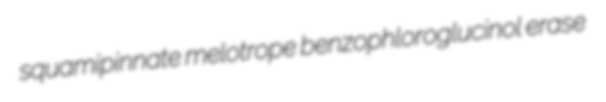
squamipinnate melotrope benzophloroglucinol erase